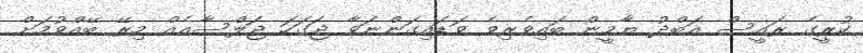
ކުރީގެ ރައީސް އަބްދު ޔާމީން ބައިވެރިވެ ވަޑައިގަންނަވާ ޖަގަހަ ޖަލްސާއެއް މިރޭ ބޭއްވުމަށް